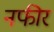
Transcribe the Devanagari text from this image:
नफीर